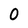
Character: 0